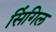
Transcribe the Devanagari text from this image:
सिंगिल